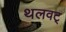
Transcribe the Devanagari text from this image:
थलवट्